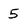
Character: 5